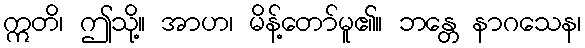
ဣတိ၊ ဤသို့။ အာဟ၊ မိန့်တော်မူ၏။ ဘန္တေ နာဂသေန၊